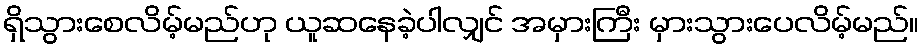
ရှိသွားစေလိမ့်မည်ဟု ယူဆနေခဲ့ပါလျှင် အမှားကြီး မှားသွားပေလိမ့်မည်။